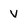
Character: V